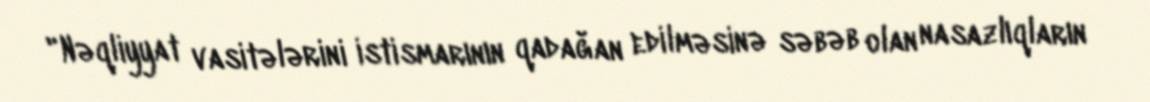
"Nəqliyyat vasitələrini istismarının qadağan edilməsinə səbəb olan nasazlıqların